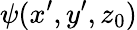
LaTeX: \psi(x^{\prime},y^{\prime},z_{0})